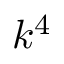
k ^ { 4 }